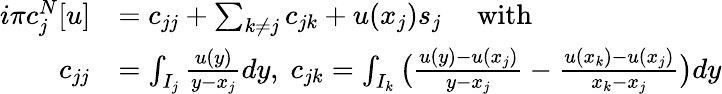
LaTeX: \begin{array}{rl}{i\pi c_{j}^{N}[u]}&{=c_{jj}+\sum_{k\ne j}c_{jk}+u(x_{j})s_{j}\quad\mathrm{~with~}}\\ {c_{jj}}&{=\int_{I_{j}}\frac{u(y)}{y-x_{j}}dy,\; c_{jk}=\int_{I_{k}}\big(\frac{u(y)-u(x_{j})}{y-x_{j}}-\frac{u(x_{k})-u(x_{j})}{x_{k}-x_{j}}\big)dy}\end{array}